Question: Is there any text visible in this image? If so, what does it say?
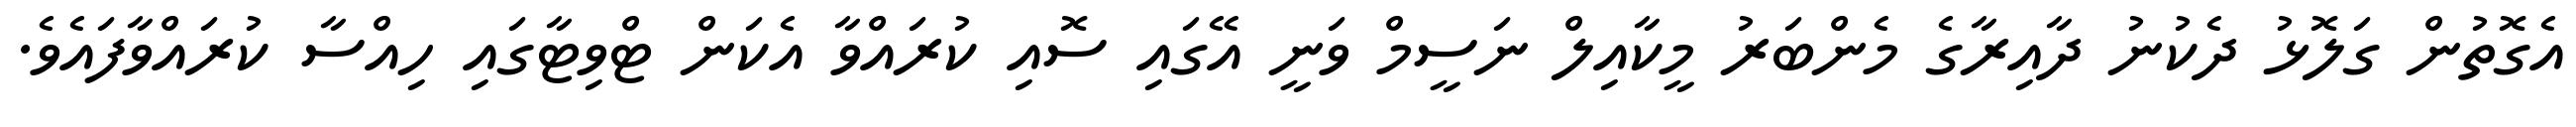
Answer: އެގޮތުން ގަލޮޅު ދެކުނު ދާއިރާގެ މެންބަރު މީކާއިލް ނަސީމް ވަނީ އޭގައި ސޮއި ކުރައްވާ އެކަން ޓްވިޓާގައި ހިއްސާ ކުރައްވާފައެވެ.